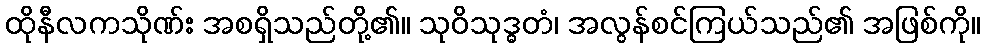
ထိုနီလကသိုဏ်း အစရှိသည်တို့၏။ သုဝိသုဒ္ဓတံ၊ အလွန်စင်ကြယ်သည်၏ အဖြစ်ကို။